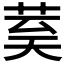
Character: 𮎾